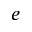
e